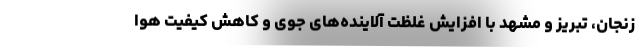
زنجان، تبریز و مشهد با افزایش غلظت آلاینده‌های جوی و کاهش کیفیت هوا